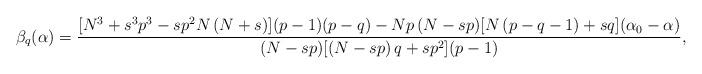
LaTeX: \begin{align*}\beta_q(\alpha) = \frac{[N^3 + s^3 p^3 - sp^2 N\, (N + s)](p - 1)(p - q) - Np\, (N - sp)[N\, (p - q - 1) + sq](\alpha_0 - \alpha)}{(N - sp)[(N - sp)\, q + sp^2](p - 1)},\end{align*}